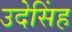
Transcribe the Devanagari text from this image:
उदेसिंह